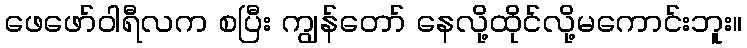
ဖေဖော်ဝါရီလက စပြီး ကျွန်တော် နေလို့ထိုင်လို့မကောင်းဘူး။